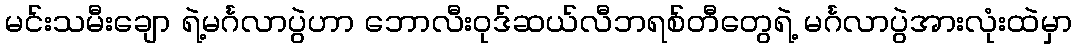
မင်းသမီးချော ရဲ့မင်္ဂလာပွဲဟာ ဘောလီးဝုဒ်ဆယ်လီဘရစ်တီတွေရဲ့ မင်္ဂလာပွဲအားလုံးထဲမှာ